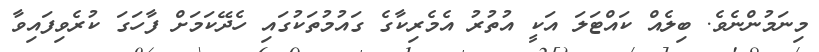
މިނަމުންނެވެ. ބިލެއް ކައްޓަލަ އަކީ އުތުރު އެމެރިކާގެ ގައުމުތަކުގައި ހެދޭކަމަށް ފާހަގަ ކުރެވިފައިވާ